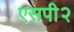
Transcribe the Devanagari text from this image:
एसपी२